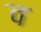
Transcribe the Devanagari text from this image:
व